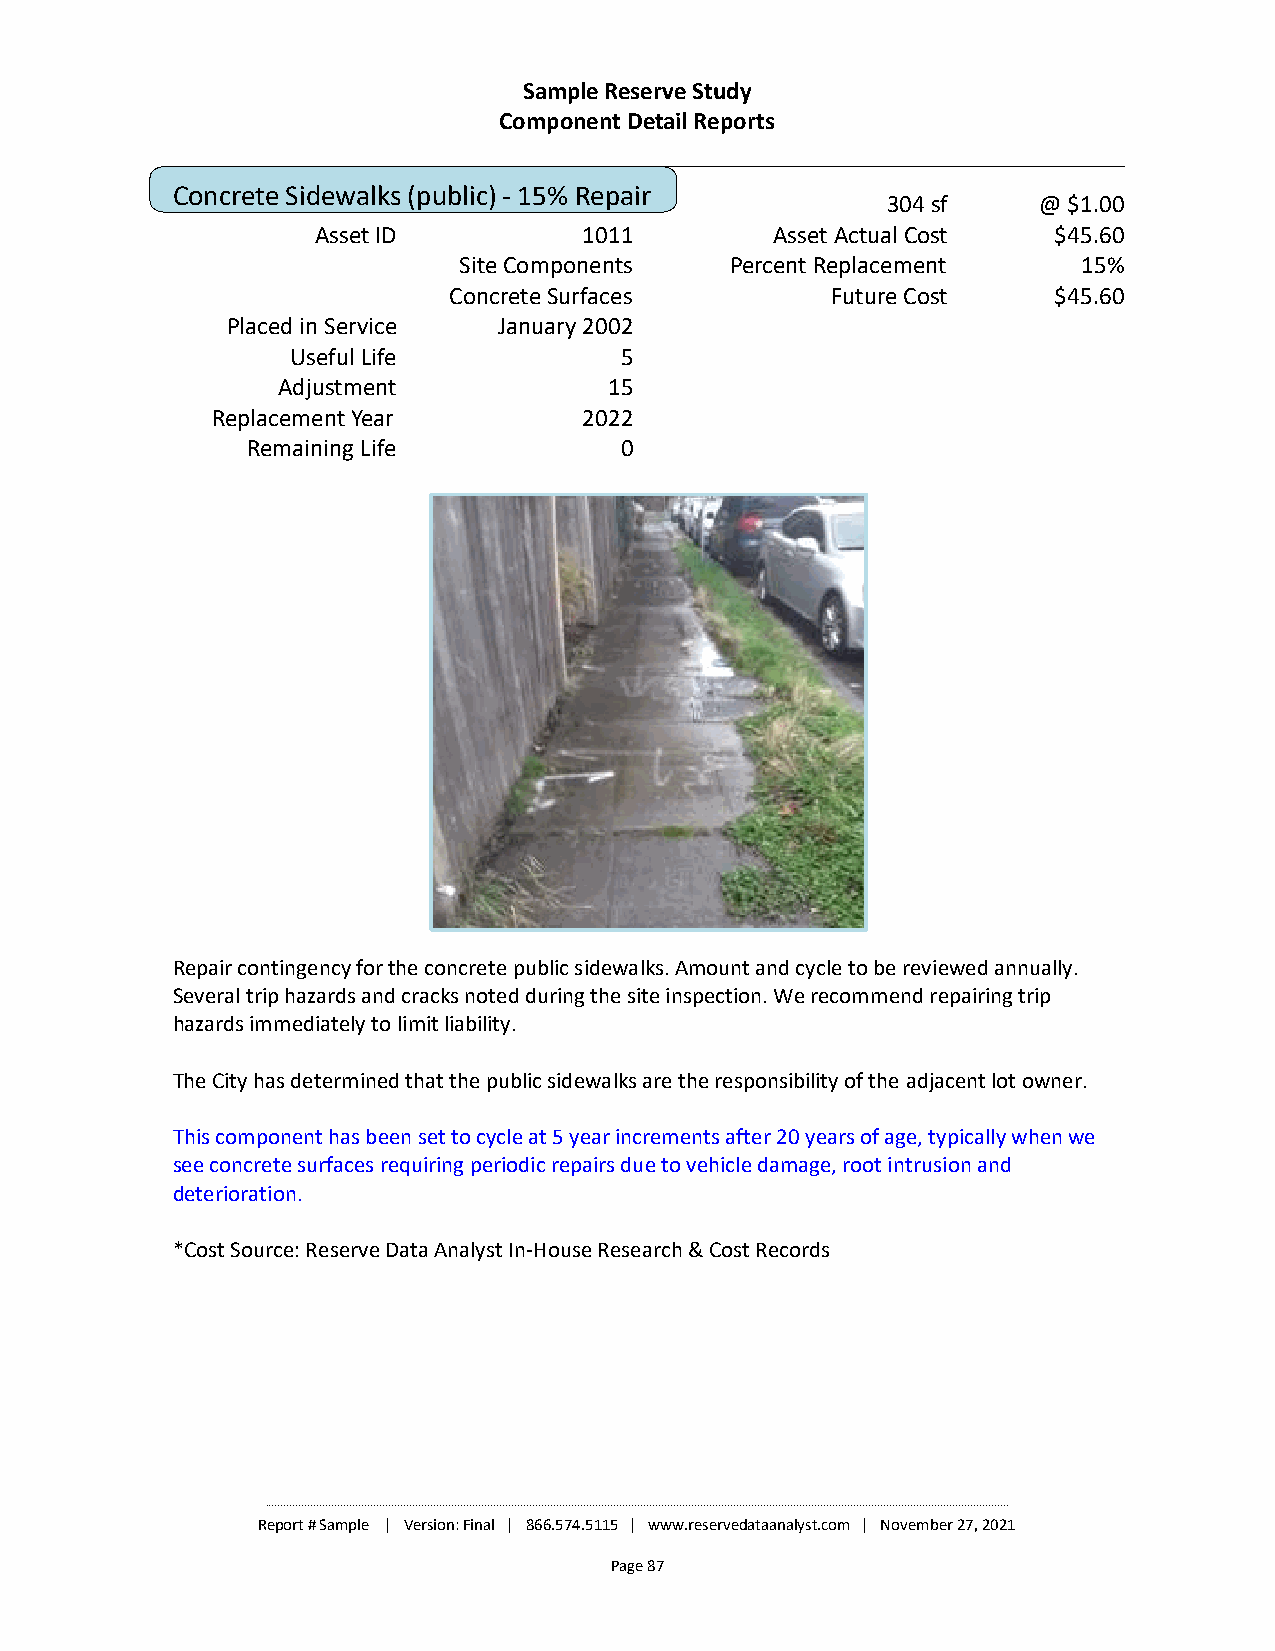
Sample Reserve Study
 Component Detail Reports
 Concrete Sidewalks (public) - 15% Repair
 304 sf    @ $1.00
 Asset ID          1011        Asset Actual Cost  $45.60
 Site Components   Percent Replacement     15%
 Concrete Surfaces        Future Cost    $45.60
 Placed in Service January 2002
 Useful Life           5
 Adjustment            15
 Replacement Year         2022
 Remaining Life           0
 Repair contingency for the concrete public sidewalks. Amount and cycle to be reviewed annually.
 Several trip hazards and cracks noted during the site inspection. We recommend repairing trip
 hazards immediately to limit liability.
 The City has determined that the public sidewalks are the responsibility of the adjacent lot owner.
 This component has been set to cycle at 5 year increments after 20 years of age, typically when we
 see concrete surfaces requiring periodic repairs due to vehicle damage, root intrusion and
 deterioration.
 *Cost Source: Reserve Data Analyst In-House Research & Cost Records
 ________________________________________________________________________________________________________________________________________________________________________________________________________________________________________________________
 Report # Sample | Version: Final | 866.574.5115 | www.reservedataanalyst.com | November 27, 2021
 Page 87